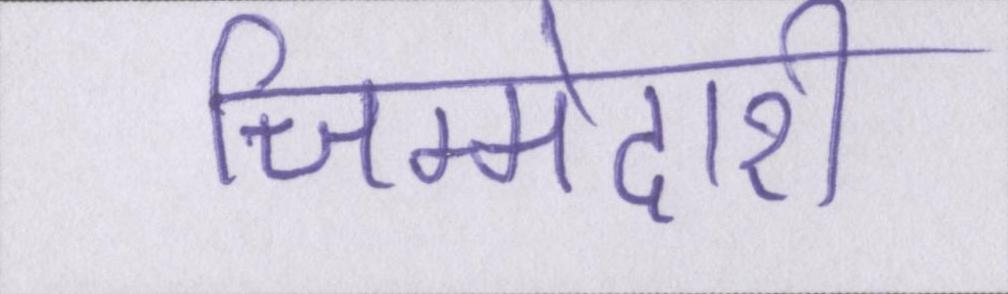
जिम्मेदारी